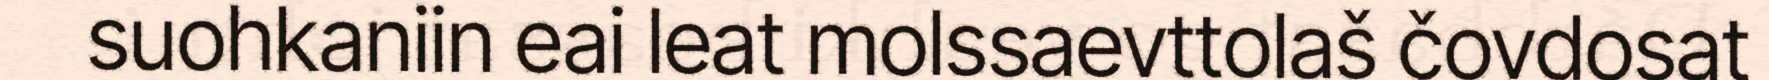
suohkaniin eai leat molssaevttolaš čovdosat